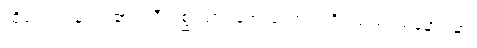
ထိုရေသဖန်းပင်၏။ သီတစ္ဆာယာ၊ အေးသော အရိပ်သည်။ မနောရမာ၊